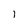
Character: l